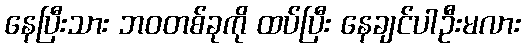
နေပြီးသား ဘဝတစ်ခုကို ထပ်ပြီး နေချင်ပါဦးမလား